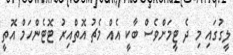
ލީގުގައި މި ދެ ޓީމަށްވެސް ބާކީ އެއް މެޗު އޮތްއިރު ޓޮޓެންހަމް އޮތީ